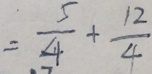
= \frac { 5 } { 4 } + \frac { 1 2 } { 4 }